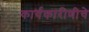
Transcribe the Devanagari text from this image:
कार्यकारीणीचे